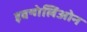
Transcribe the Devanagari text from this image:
इवन्गेलिओन